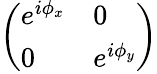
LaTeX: \left(\begin{array}{ll}{e^{i\phi_{x}}}&{0}\\ {0}&{e^{i\phi_{y}}}\end{array}\right)